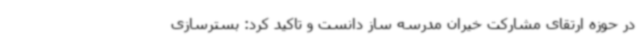
در حوزه ارتقای مشارکت خیران مدرسه ساز دانست و تاکید کرد: بسترسازی